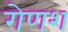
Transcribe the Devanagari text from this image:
गेणश